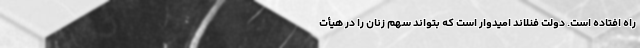
راه افتاده است. دولت فنلاند امیدوار است که بتواند سهم زنان را در هیأت